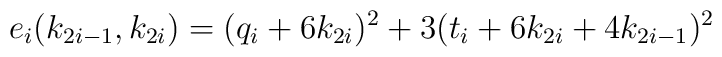
e_i(k_{2i-1},k_{2i})=(q_i+6k_{2i})^2+3(t_i+6k_{2i}+4k_{2i-1})^2